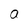
Character: a